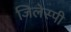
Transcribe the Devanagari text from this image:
जिलेस्पी